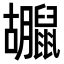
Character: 𪕮